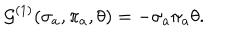
LaTeX: { \cal G } ^ { ( 1 ) } ( \sigma _ { a } , \pi _ { a } , \theta ) = - \sigma _ { a } \pi _ { a } \theta .